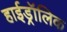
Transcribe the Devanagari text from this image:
हाईड्रॉलिक